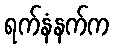
ရက်နံနက်က